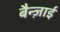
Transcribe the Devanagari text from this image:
बैन्ज़ाई